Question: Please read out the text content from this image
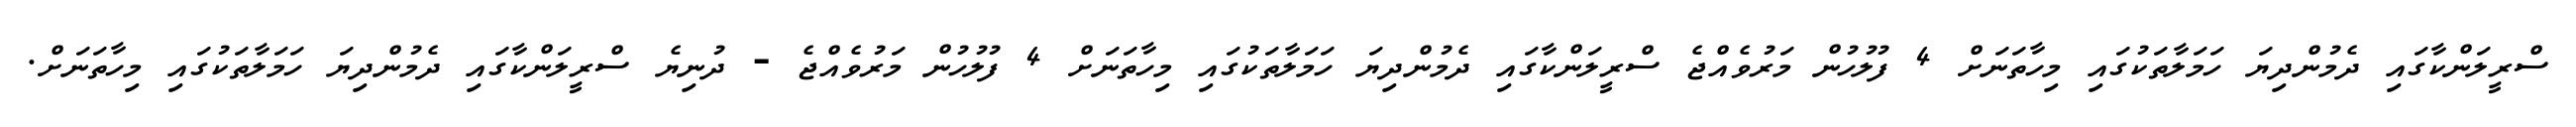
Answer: ސްރީލަންކާގައި ދެމުންދިޔަ ހަމަލާތަކުގައި މިހާތަނަށް 4 ފުލުހުން މަރުވެއްޖެ ސްރީލަންކާގައި ދެމުންދިޔަ ހަމަލާތަކުގައި މިހާތަނަށް 4 ފުލުހުން މަރުވެއްޖެ - ދުނިޔެ ސްރީލަންކާގައި ދެމުންދިޔަ ހަމަލާތަކުގައި މިހާތަނަށް.